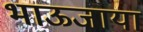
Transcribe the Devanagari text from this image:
भाऊजाया